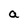
Character: a